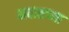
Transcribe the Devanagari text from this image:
मदासच्या